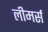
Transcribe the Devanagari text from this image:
लीमर्स